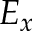
E _ { x }